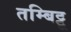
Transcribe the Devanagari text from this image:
तम्बिट्टू